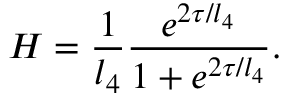
H = \frac { 1 } { l _ { 4 } } \frac { e ^ { 2 \tau / l _ { 4 } } } { 1 + e ^ { 2 \tau / l _ { 4 } } } .